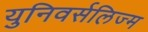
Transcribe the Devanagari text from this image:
युनिवर्सलिज्म